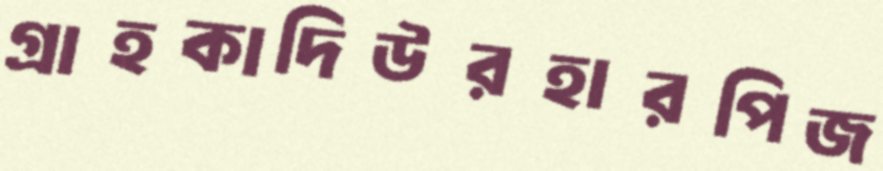
গ্রাহকাদিউরহারপিজ